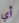
أي